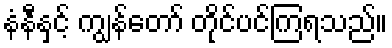
နံနီနှင့် ကျွန်တော် တိုင်ပင်ကြရသည်။